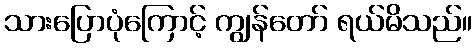
သားပြောပုံကြောင့် ကျွန်တော် ရယ်မိသည်။